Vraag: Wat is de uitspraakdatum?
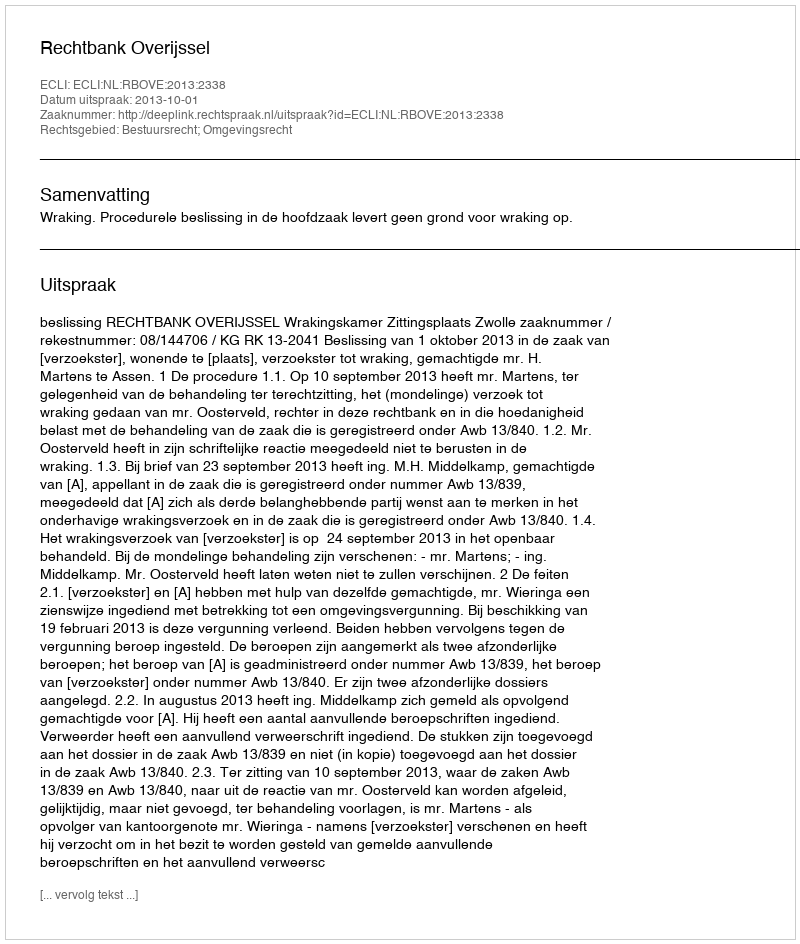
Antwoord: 2013-10-01